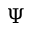
\Psi